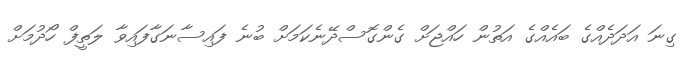
ގިނަ އަދަދެއްގެ ބައެއްގެ އަތުން ހައްޖަށް ގެންގޮސްދޭނެކަމަށް ބުނެ ފައިސާނަގާފައިވާ ލަތީފް ހޯދުމަށް